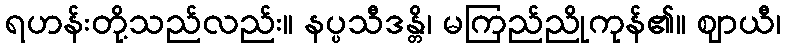
ရဟန်းတို့သည်လည်း။ နပ္ပသီဒန္တိ၊ မကြည်ညိုကုန်၏။ ဈာယီ၊